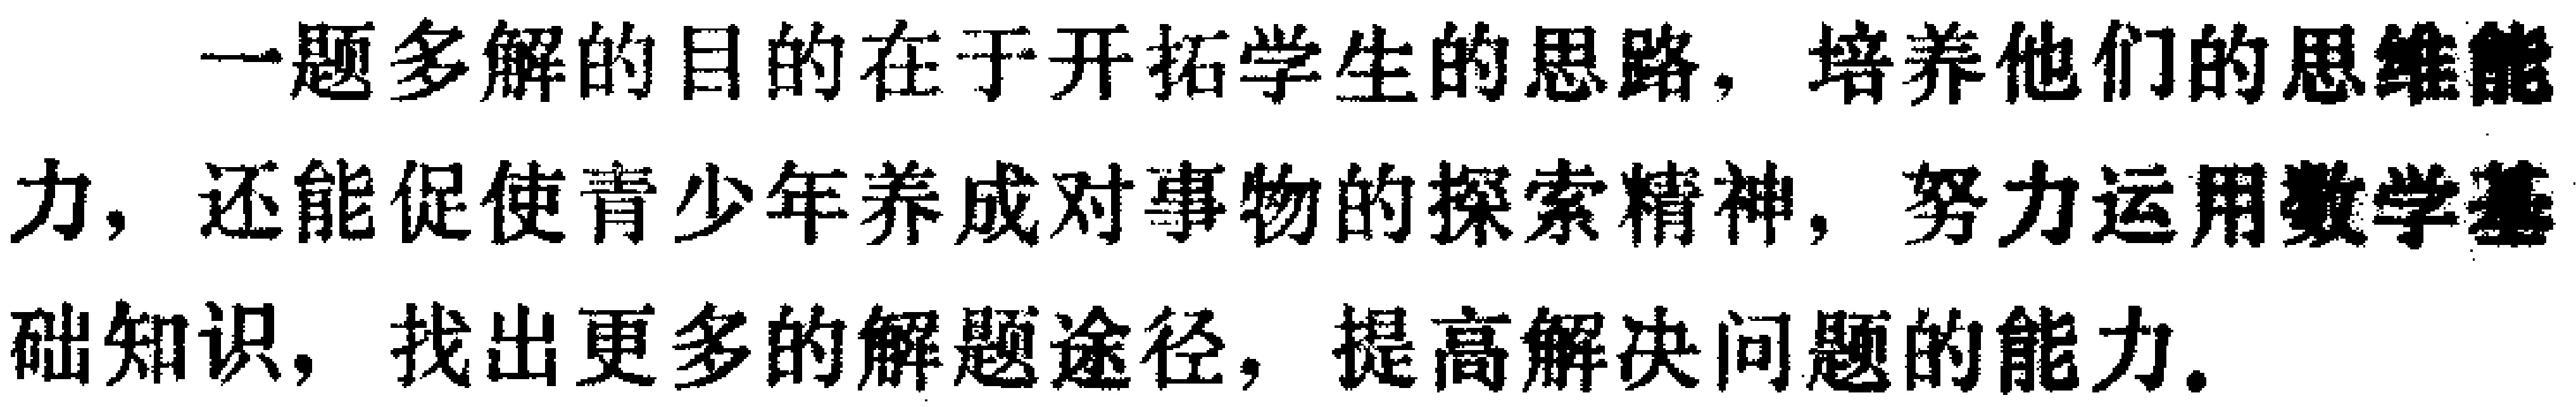
一题多解的目的在于开拓学生的思路，培养他们的思维能力，还能促使青少年养成对事物的探索精神，努力运用数学基础知识，找出更多的解题途径，提高解决问题的能力。